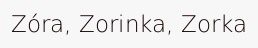
Zóra, Zorinka, Zorka